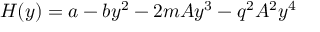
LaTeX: H ( y ) = a - b y ^ { 2 } - 2 m A y ^ { 3 } - q ^ { 2 } A ^ { 2 } y ^ { 4 }